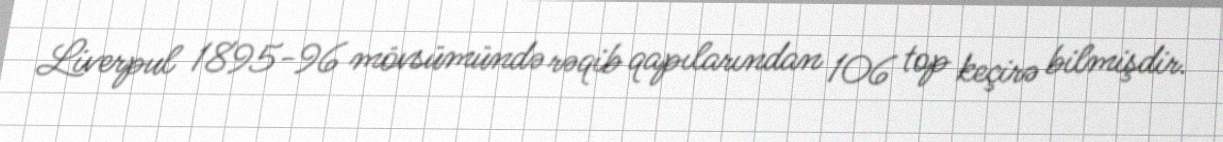
Liverpul 1895-96 mövsümündə rəqib qapılarından 106 top keçirə bilmişdir.